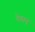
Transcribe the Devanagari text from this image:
देवान्